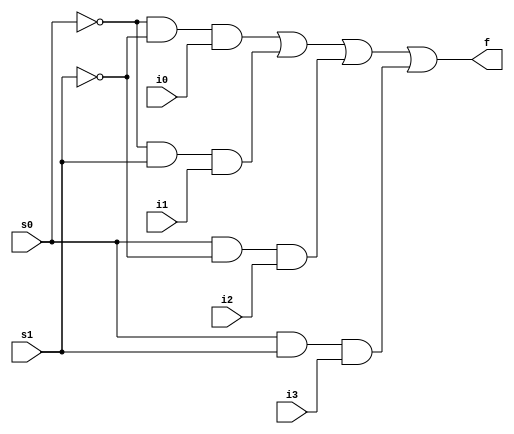
module bitmutiplexcer(input s0,s1,i0,i1,i2,i3,output f);
    assign f=(~s0&~s1&i0)|(~s0&s1&i1)|(s0&~s1&i2)|(s0&s1&i3);
endmodule